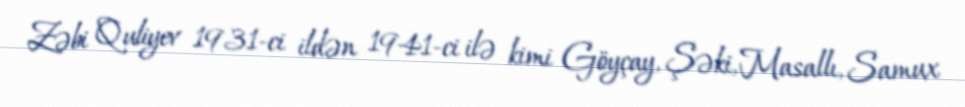
Zəbi Quliyev 1931-ci ildən 1941-ci ilə kimi Göyçay, Şəki, Masallı, Samux